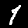
Digit: 1